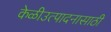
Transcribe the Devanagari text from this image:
केळीउत्पादनासाठी